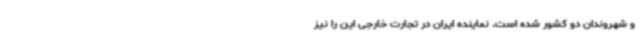
و شهروندان دو کشور شده است‌. نماینده ایران در تجارت خارجی این را نیز